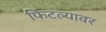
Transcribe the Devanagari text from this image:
फिटल्यावर